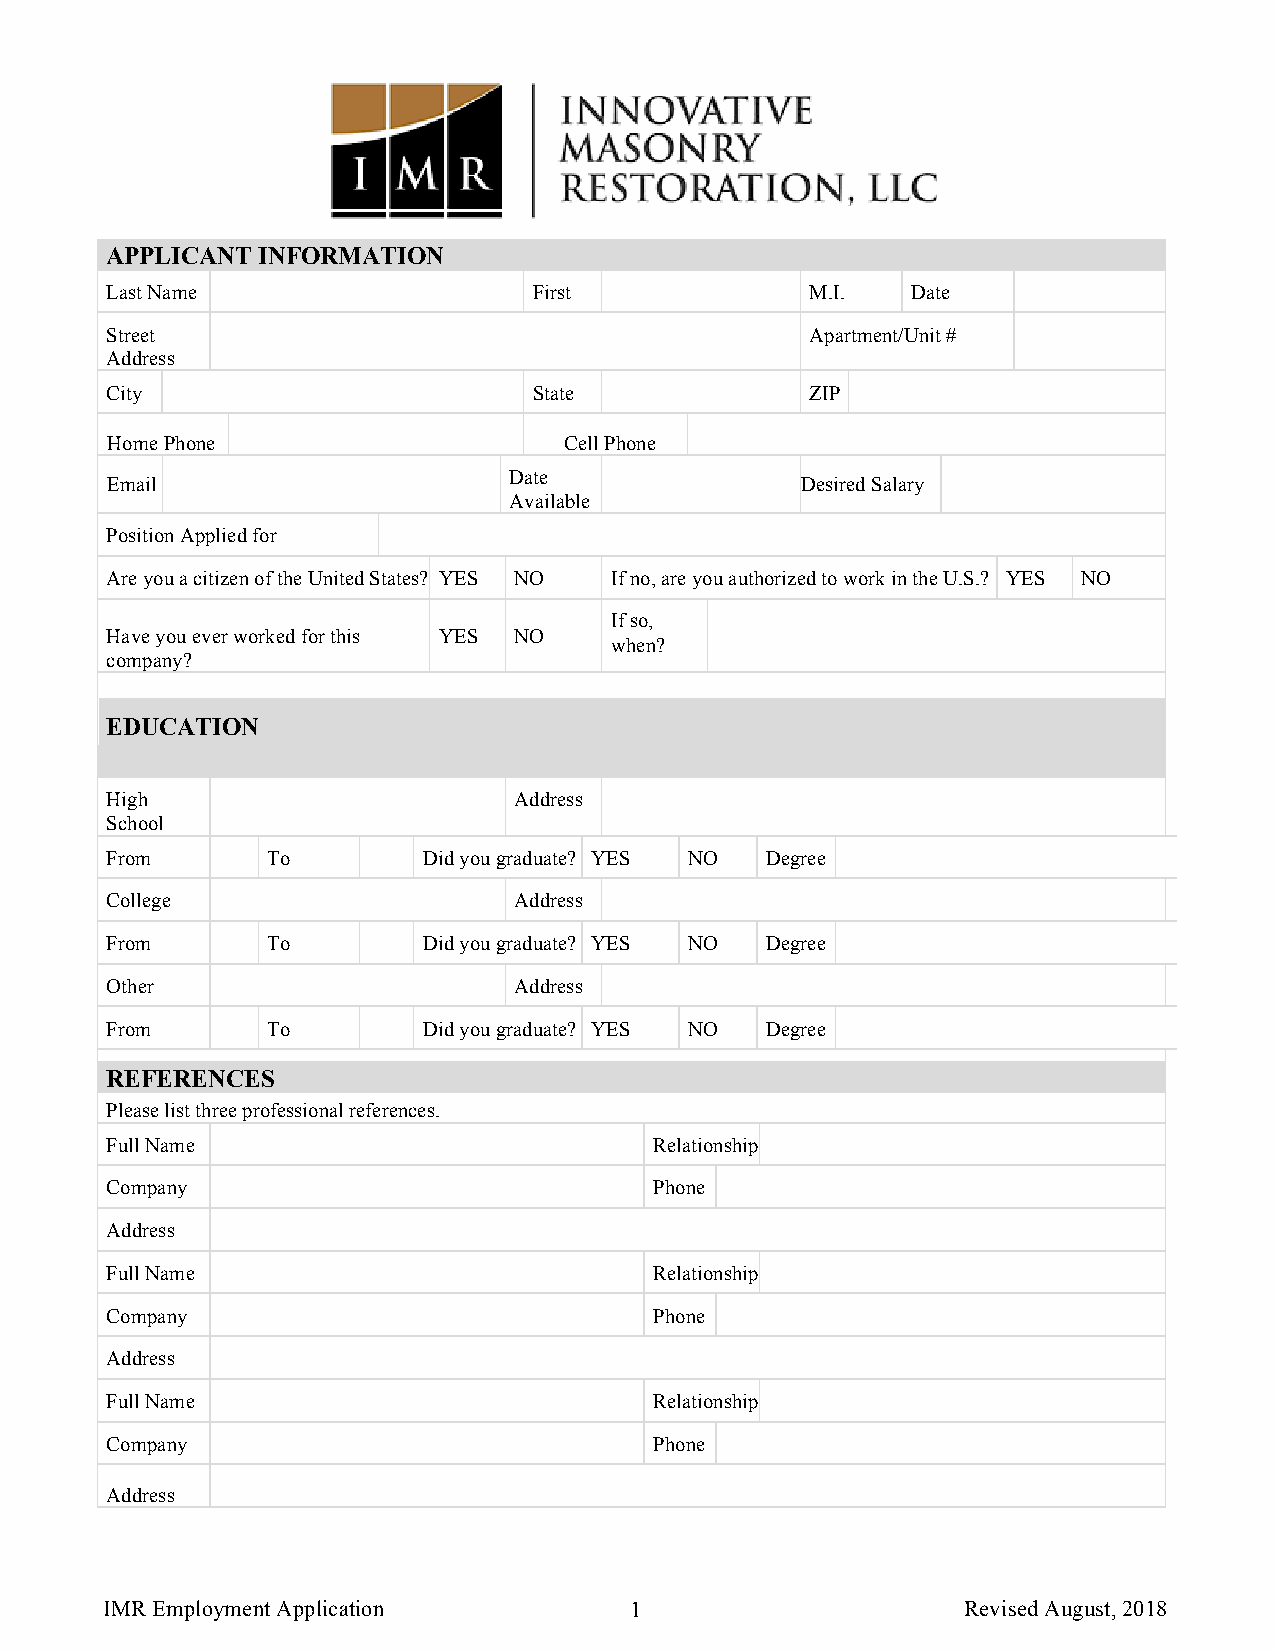
Employment Application
 APPLICANT INFORMATION
 Last Name                   First              M.I.  Date
 Street                                         Apartment/Unit #
 Address
 City                        State              ZIP
 Home Phone                    Cell Phone
 Date
 Email                                         Desired Salary
 Available
 Position Applied for
 Are you a citizen of the United States? YES NO If no, are you authorized to work in the U.S.? YES NO
 If so,
 Have you ever worked for this YES NO
 when?
 company?
 EDUCATION
 High                       Address
 School
 From       To        Did you graduate? YES NO Degree
 College                    Address
 From       To        Did you graduate? YES NO Degree
 Other                      Address
 From       To        Did you graduate? YES NO Degree
 REFERENCES
 Please list three professional references.
 Full Name                           Relationship
 Company                             Phone
 Address
 Full Name                           Relationship
 Company                             Phone
 Address
 Full Name                           Relationship
 Company                             Phone
 Address
 IMR Employment Application         1                     Revised August, 2018